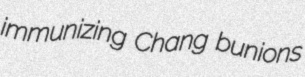
immunizing Chang bunions